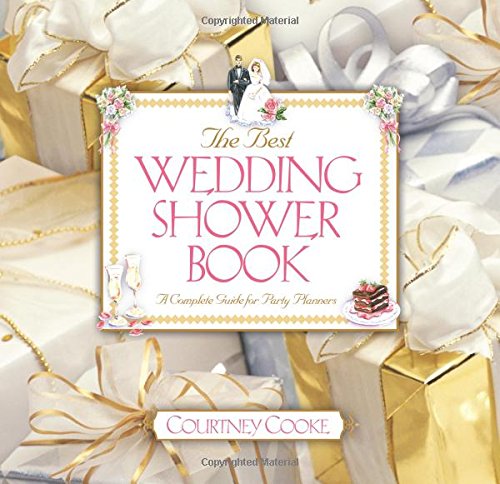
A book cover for The Best Wedding Shower Book (Revised Edition) : A Complete Guide For Party Planners; Courtney Cooke; Crafts, Hobbies & Home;